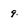
Character: 9